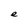
Character: e